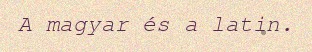
A magyar és a latin.